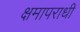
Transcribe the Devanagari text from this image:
क्षमापराधी